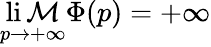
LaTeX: \operatorname*{li\mathcal{M}}_{p\to+\infty}\Phi(p)=+\infty